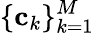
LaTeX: \{ \mathbf{c}_{k}\} _{k=1}^{M}